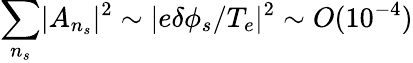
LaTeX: \sum_{n_{s}}\lvert A_{n_{s}}\rvert^{2}\sim\lvert e\delta\phi_{s}/T_{e}\rvert^{2}\sim O(10^{-4})